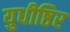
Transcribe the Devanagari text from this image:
युधीष्ठिर